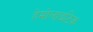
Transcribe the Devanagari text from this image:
हेमोलाइटिक